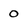
Character: 0